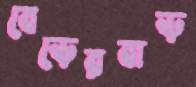
বেড়েরবাড়